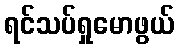
ရင်သပ်ရှုမောဖွယ်